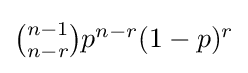
{\textstyle {\binom {n-1}{n-r}}p^{n-r}(1-p)^{r}}